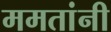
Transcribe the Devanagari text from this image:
ममतांनी